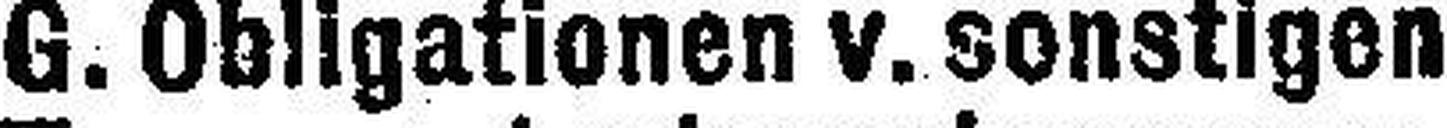
G. Obligationen v. sonstigen